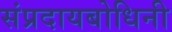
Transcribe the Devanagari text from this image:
संप्रदायबोधिनी